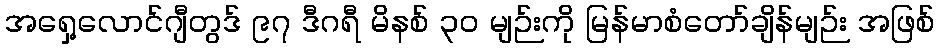
အရှေ့လောင်ဂျီတွဒ် ၉၇ ဒီဂရီ မိနစ် ၃၀ မျဉ်းကို မြန်မာစံတော်ချိန်မျဉ်း အဖြစ်